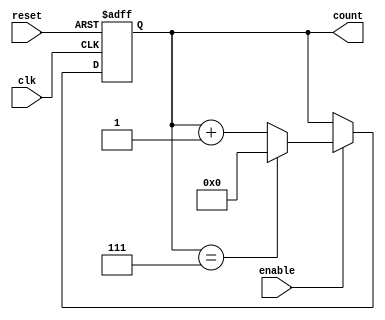
module modulo_n_up_counter (
    input wire clk,
    input wire reset,
    input wire enable,
    output reg [N-1:0] count
);

parameter N = 8;  // specify the maximum count value

always @(posedge clk or posedge reset) begin
    if (reset) begin
        count <= 0;
    end else if (enable) begin
        if (count == N-1) begin
            count <= 0;
        end else begin
            count <= count + 1;
        end
    end
end

endmodule